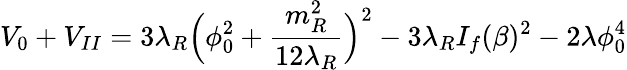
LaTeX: V_{0}+V_{II}=3\lambda_{R}\Big(\phi_{0}^{2}+\frac{m_{R}^{2}}{12\lambda_{R}}\Big)^{2}-3\lambda_{R}I_{f}(\beta)^{2}-2\lambda\phi_{0}^{4}